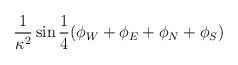
\begin{align*} \frac{1}{\kappa^2} \sin{\frac{1}{4} (\phi_W + \phi_E + \phi_N + \phi_S )}\end{align*}